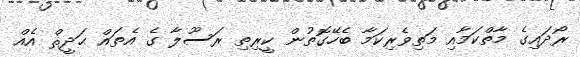
ރޯދައިގެ މާތްކަމާއި މަތިވެރިކަމާ ބެހޭގޮތުން ކީރިތި ރަސޫލާ ގެ އެތައް ޙަދީޘް އެއް